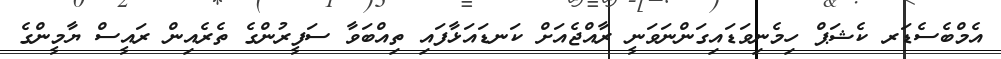
އެމްބެސެޑަރ ކެޝަޕް ހިމެނިވަޑައިގަންނަވަނީ ރާއްޖެއަށް ކަނޑައަޅާފައި ތިއްބަވާ ސަފީރުންގެ ތެރެއިން ރައީސް ޔާމީންގެ